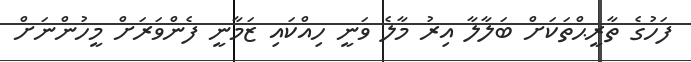
ފަހުގެ ތާރީޙްތަކަށް ބަލާލާ އިރު މާލެ ވަނީ ހިއްކައި ޒަމާނީ ފެންވަރަށް މީހުންނަށް